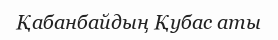
Қабанбайдың Қубас аты